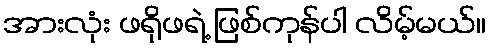
အားလုံး ဖရိုဖရဲ့ ဖြစ်ကုန်ပါ လိမ့်မယ်။